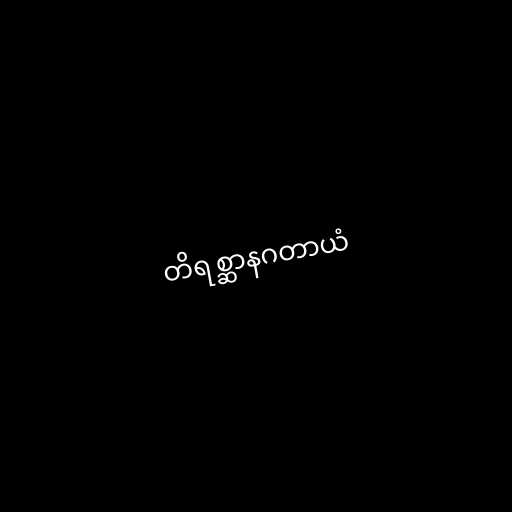
တိရစ္ဆာနဂတာယံ